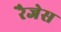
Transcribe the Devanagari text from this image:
रैजेस